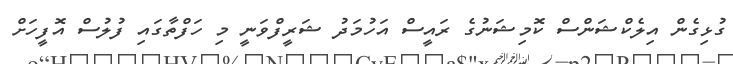
ގުޅިގެން އިލެކްޝަންސް ކޮމިޝަނުގެ ރައީސް އަހުމަދު ޝަރީފްވަނީ މި ހަފްތާގައި ފުލުސް އޮފީހަށް